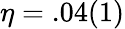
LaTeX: \eta=.04(1)